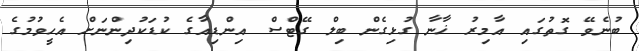
ބުނެވޭ ގޮތުގައި އާމިރު ޚާނާ ގުޅިގެން ބިލް ގޭޓްސް އިންޑިއާގެ ކުޑަކުދިންނަށް އެހީވުމުގެ